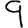
Digit: 9